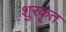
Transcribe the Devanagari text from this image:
शुरकृत